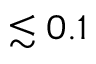
\lesssim 0 . 1